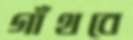
গাঁথবে